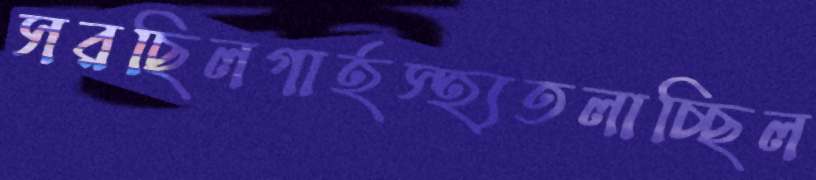
সরছিলগার্হস্হ্যতলাচ্ছিল